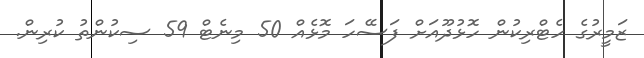
ޒަމީރުގެ ހެޓްރިކުން ހޮޅުދޫއަށް ފަސޭހަ މޮޅެއް 50 މިނެޓް 59 ސިކުންތު ކުރިން.